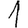
Digit: 1